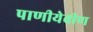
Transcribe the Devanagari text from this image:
पाणीयेवीण